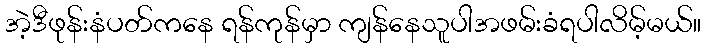
အဲ့ဒီဖုန်းနံပတ်ကနေ ရန်ကုန်မှာ ကျန်နေသူပါအဖမ်းခံရပါလိမ့်မယ်။